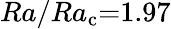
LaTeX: Ra/Ra_{\mathrm c}{=}1.97